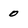
Character: 0